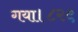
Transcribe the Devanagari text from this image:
गया।८२९